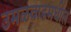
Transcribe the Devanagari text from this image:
उमळवाडमधील